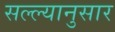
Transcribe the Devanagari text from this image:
सल्ल्‍यानुसार